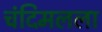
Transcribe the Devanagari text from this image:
चंदिमलला